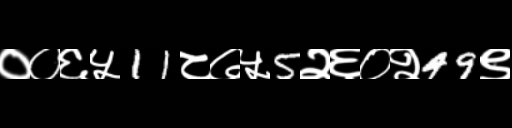
Text: ००६५11८७५5२६०२49९